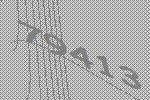
79413